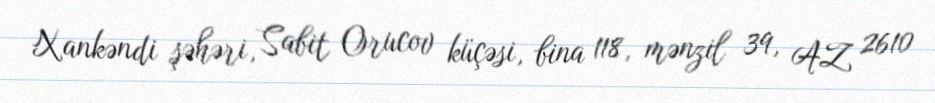
Xankəndi şəhəri, Sabit Orucov küçəsi, bina 118, mənzil 39, AZ 2610